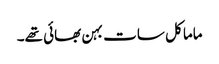
ماما کل سات بہن بھائی تھے۔